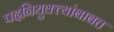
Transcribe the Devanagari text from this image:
पदनियुक्त्यांबाबत